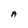
Character: A